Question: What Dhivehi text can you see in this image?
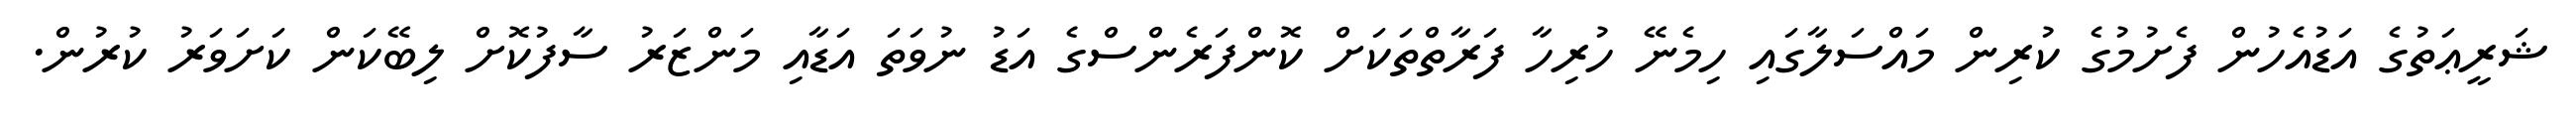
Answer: ޝަރީޢަތުގެ އަޑުއެހުން ފެށުމުގެ ކުރިން މައްސަލާގައި ހިމެނޭ ހުރިހާ ފަރާތްތަކަށް ކޮންފަރެންސްގެ އަޑު ނުވަތަ އަޑާއި މަންޒަރު ސާފުކޮށް ލިބޭކަން ކަށަވަރު ކުރުން.